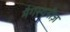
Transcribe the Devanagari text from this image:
मैगस्थनीज़